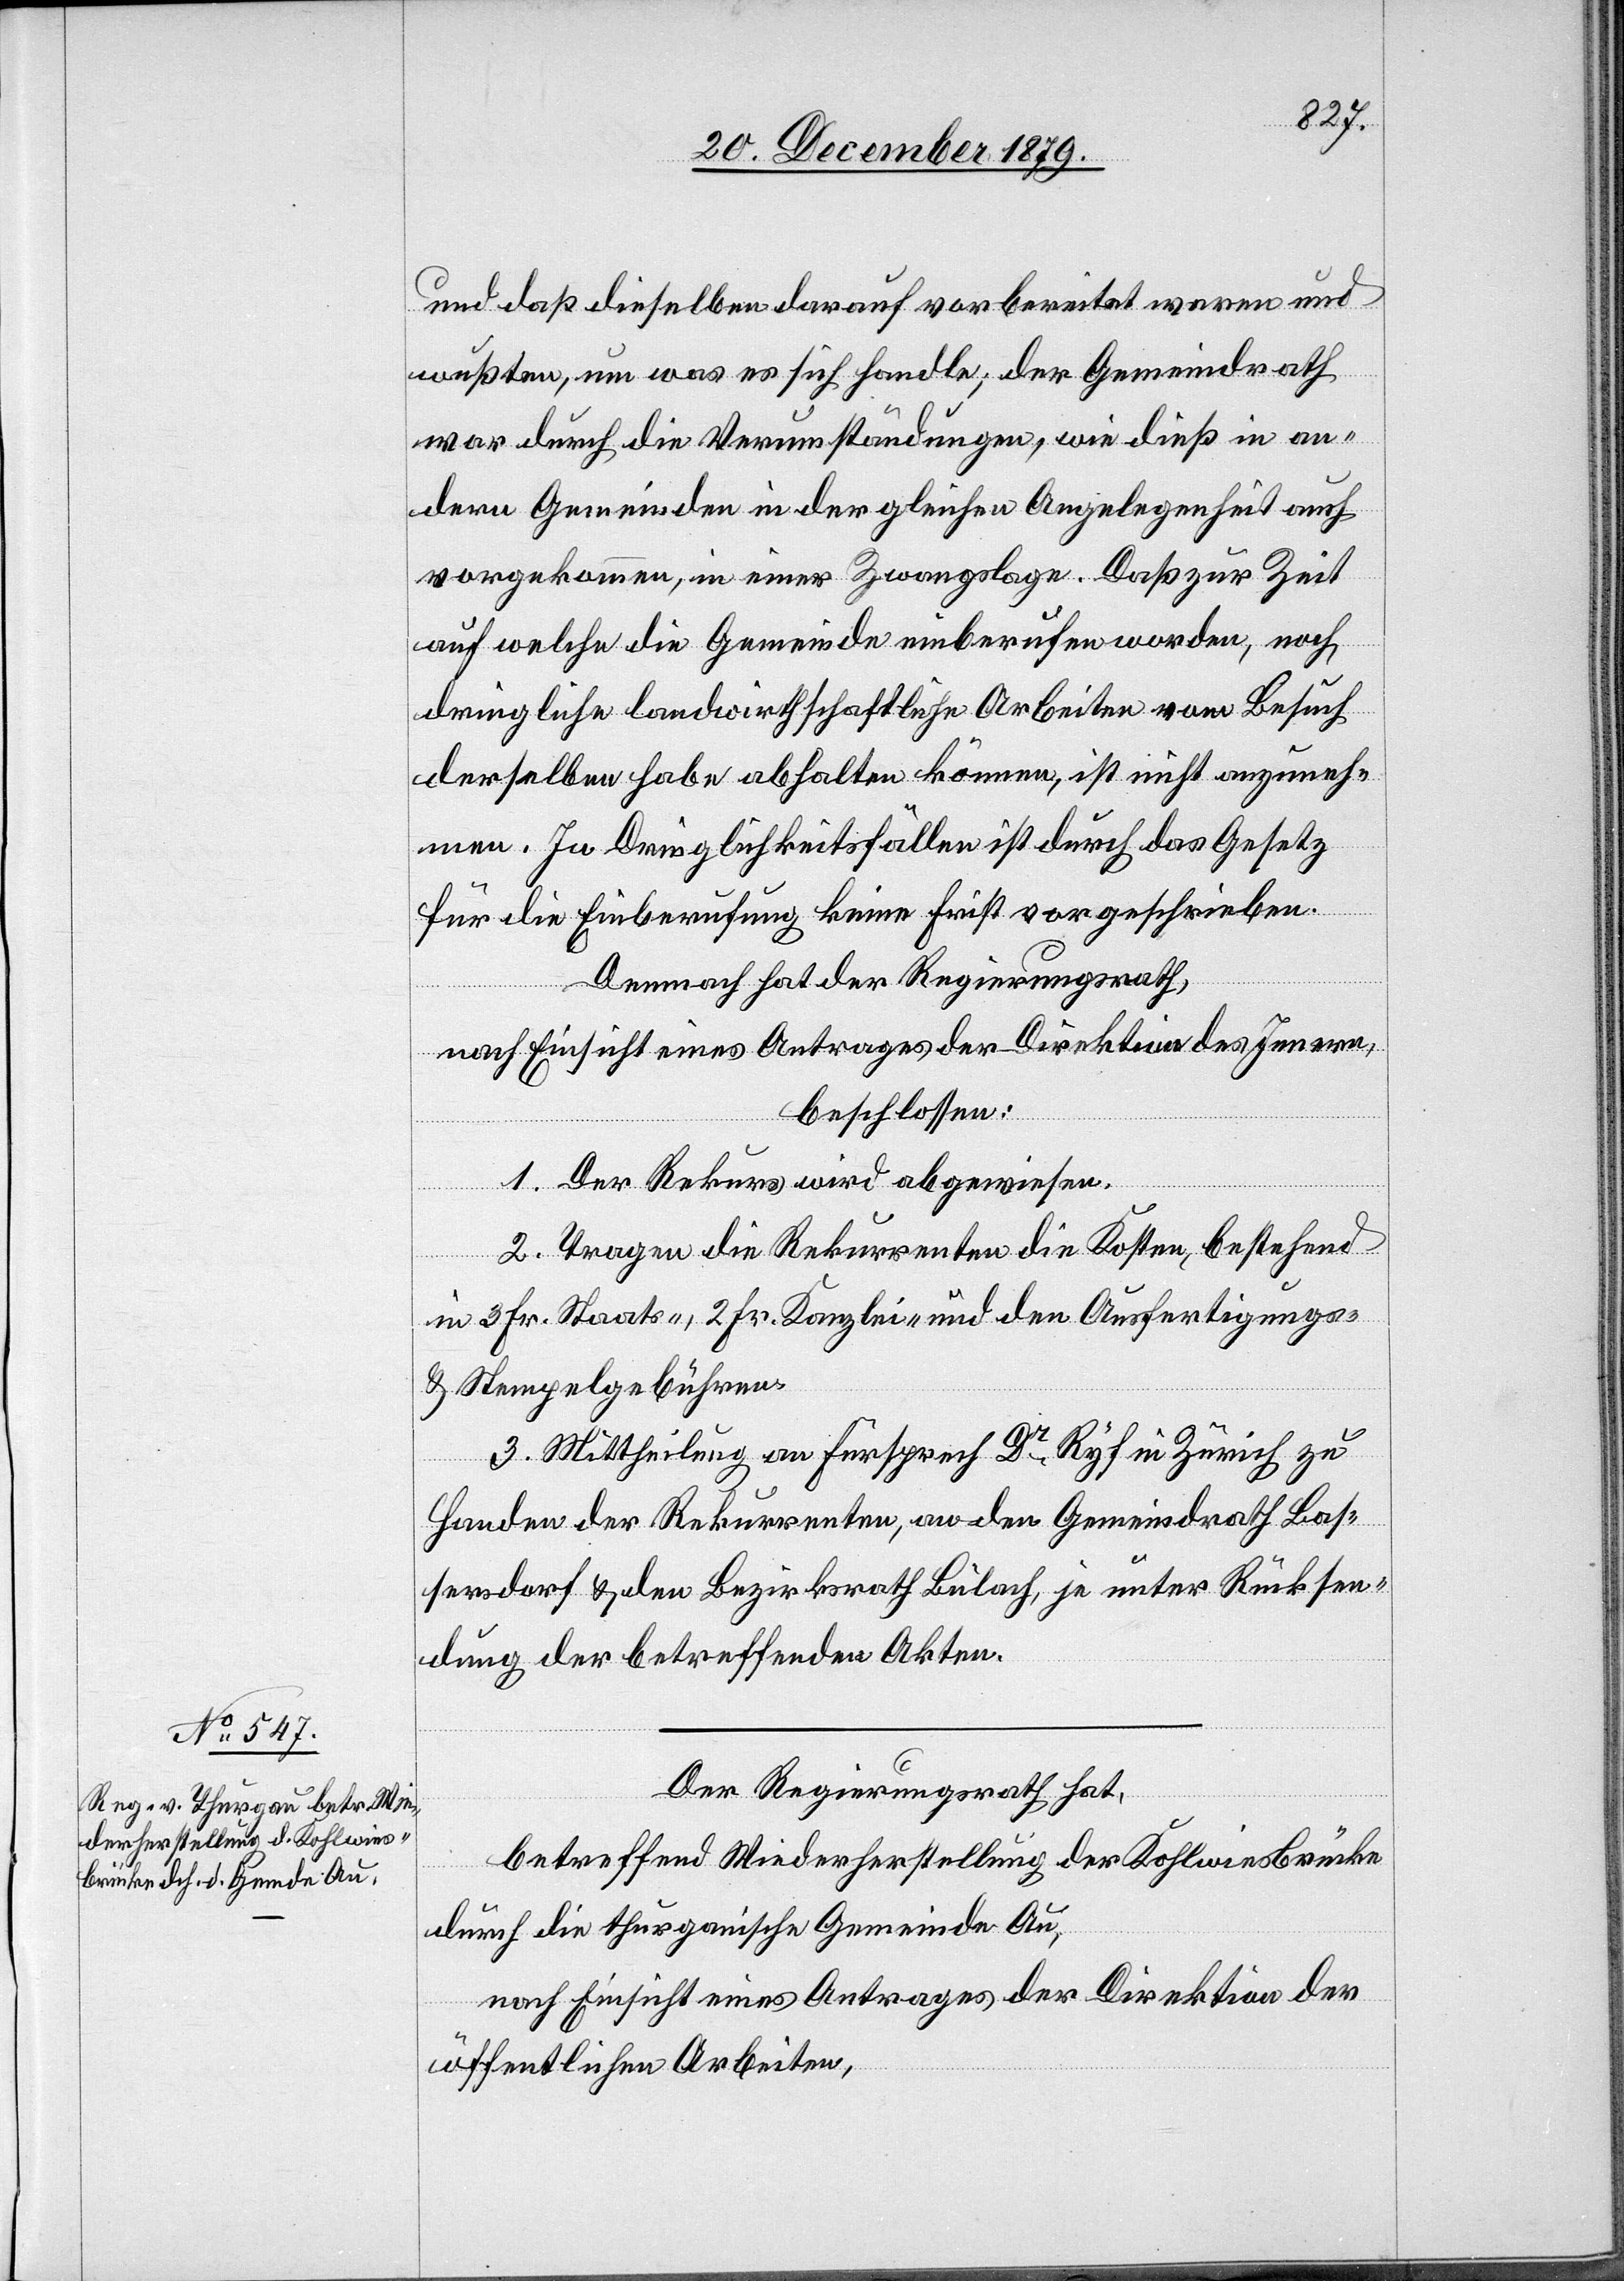
und daß dieselben darauf vorbereitet waren und
wußten, um was es sich handle; der Gemeindrath
war durch die Verumständungen, wie dieß in an¬
dern Gemeinden in der gleichen Angelegenheit auch
vorgekommen, in einer Zwangslage. Daß zur Zeit
auf welche die Gemeinde einberufen worden, noch
dringliche landwirthschaftliche Arbeiten vom Besuch
derselben habe abhalten können, ist nicht anzuneh¬
men. In Dringlichkeitsfällen ist durch das Gesetz
für die Einberufung keine Frist vorgeschrieben.
Demnach hat der Regierungsrath,
nach Einsicht eines Antrages der Direktion des Innern,
beschlossen:
1. Der Rekurs wird abgewiesen.
2. Tragen die Rekurrenten die Kosten, bestehend
in 3 Fr. Staats-, 2 Fr. Kanzlei- und den Ausfertigungs-
& Stempelgebühren.
3. Mittheilung an Fürsprech Dr Ryf in Zürich zu
Handen der Rekurrenten, an den Gemeindrath Bas¬
sersdorf & den Bezirksrath Bülach, je unter Rücksen¬
dung der betreffenden Akten.
Der Regierungsrath hat,
betreffend Wiederherstellung der Kohlwiesbrücke
durch die thurgauische Gemeinde Au,
nach Einsicht eines Antrages der Direktion der
öffentlichen Arbeiten,